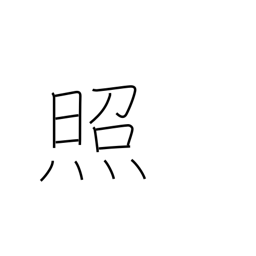
Meaning: shine